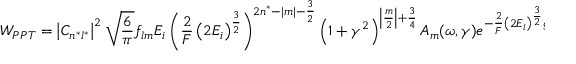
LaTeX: W _ { P P T } = \left| C _ { n ^ { * } l ^ { * } } \right| ^ { 2 } { \sqrt { \frac { 6 } { \pi } } } f _ { l m } E _ { i } \left( { \frac { 2 } { F } } \left( 2 E _ { i } \right) ^ { \frac { 3 } { 2 } } \right) ^ { 2 n ^ { * } - | m | - { \frac { 3 } { 2 } } } \left( 1 + \gamma ^ { 2 } \right) ^ { \left| { \frac { m } { 2 } } \right| + { \frac { 3 } { 4 } } } A _ { m } ( \omega , \gamma ) e ^ { - { \frac { 2 } { F } } \left( 2 E _ { i } \right) ^ { \frac { 3 } { 2 } } g \left( \gamma \right) }